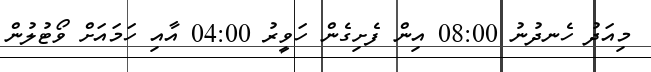
މިއަދު ހެނދުނު 08:00 އިން ފެށިގެން ހަވީރު 04:00 އާއި ހަމައަށް ވޯޓުލުން